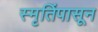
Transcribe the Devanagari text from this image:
स्मृतिंपासून